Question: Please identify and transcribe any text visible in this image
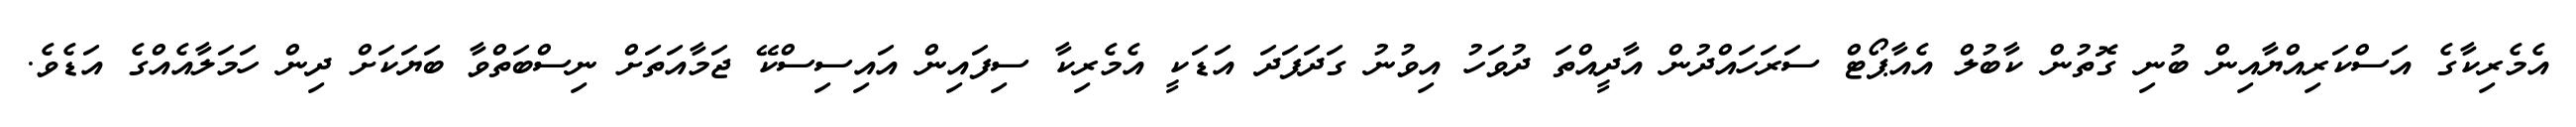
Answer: އެމެރިކާގެ އަސްކަރިއްޔާއިން ބުނި ގޮތުން ކާބުލް އެއާޕޯޓް ސަރަހައްދުން އާދީއްތަ ދުވަހު އިވުނު ގަދަފަދަ އަޑަކީ އެމެރިކާ ސިފައިން އައިސިސްކޭ ޖަމާއަތަށް ނިސްބަތްވާ ބަޔަކަށް ދިން ހަމަލާއެއްގެ އަޑެވެ.